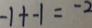
- 1 + - 1 = - 2